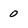
Character: 0